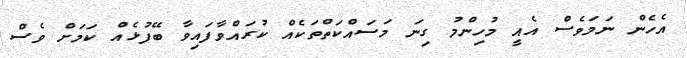
އެހެން ނަމަވެސް އެއީ މުހިންމު ގިނަ މަސައްކަތްތަކެއް ކުރައްވާފައިވާ ބޭފުޅެއް ކަމަށް ވެސް